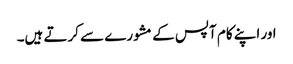
اور اپنے کام آپس کے مشورے سے کرتے ہیں۔